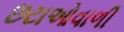
છટાઓવાળી